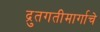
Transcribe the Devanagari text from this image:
द्रुतगतीमार्गाचे